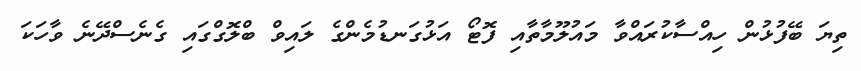
ތިޔަ ބޭފުޅުން ހިއްސާކުރައްވާ މައުލޫމާތާއި ފޮޓޯ އަޅުގަނޑުމެންގެ ލައިވް ބްލޮގްގައި ގެނެސްދޭނެ ވާހަކަ